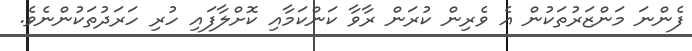
ފެންނަ މަންޒަރުތަކުން އެ ވެރިން ކުރަން ރާވާ ކަންކަމާއި ކޮށްލާފައި ހުރި ހަރަދުތަކުންނެވެ.